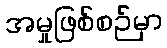
အမှုဖြစ်စဉ်မှာ